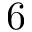
6